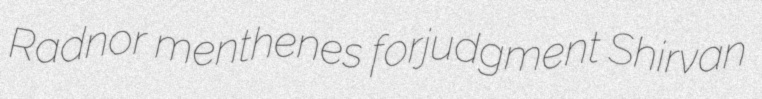
Radnor menthenes forjudgment Shirvan